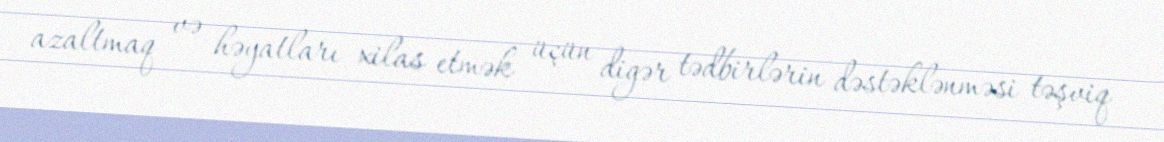
azaltmaq və həyatları xilas etmək üçün digər tədbirlərin dəstəklənməsi təşviq